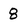
Character: 8